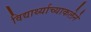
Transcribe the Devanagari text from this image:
विद्यार्थ्याच्याकलेने